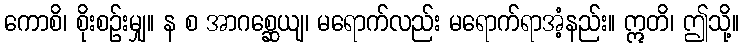
ကောစိ၊ စိုးစဉ်းမျှ။ န စ အာဂစ္ဆေယျ၊ မရောက်လည်း မရောက်ရာအံ့နည်း။ ဣတိ၊ ဤသို့။